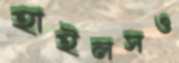
হাইলসও